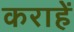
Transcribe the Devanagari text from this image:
कराहें